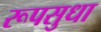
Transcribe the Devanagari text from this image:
रूपसुधा